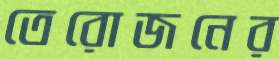
তেরোজনের